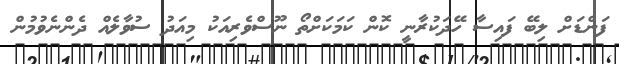
ފަންޑަށް ލިބޭ ފައިސާ ހޭދަކުރާނީ ކޮން ކަމަކަށްތޯ ނޫސްވެރިއަކު މިއަދު ސުވާލެއް ދެންނެވުމުން